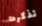
تذكرت